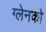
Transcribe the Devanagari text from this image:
ग्लेनको